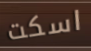
اسكت